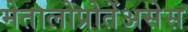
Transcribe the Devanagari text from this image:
मेतालोप्रोतेंअसेस